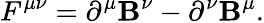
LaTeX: F^{\mu\nu}=\partial^{\mu}\mathbf{B}^{\nu}-\partial^{\nu}\mathbf{B}^{\mu}.